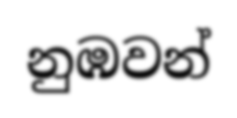
නුඹවන්